Report on sanitation, dispensaries, and jails in Rajputana for 1915, and on vaccination for the year 1915-1916 - 1915-1916
Year: 1915
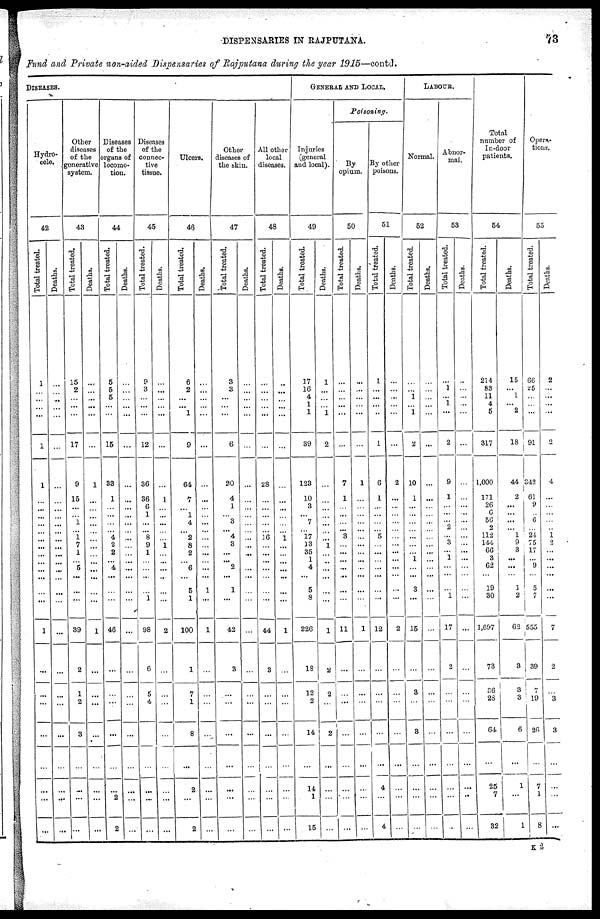
DISPENSARIES IN RAJPUTANA.
73
Fund and Private non-aided Dispensaries of Rajputana during the year 1915—contd.
DISEASES.
Hydro-
cele.
42
Total treated.
1
...
...
...
...
1
1
...
...
...
...
...
...
...
...
...
...
...
...
...
1
...
...
...
...
...
...
...
...
Deaths.
...
...
...
...
...
...
...
...
...
...
...
...
...
...
...
...
...
...
...
...
...
...
...
...
...
...
...
...
...
Other
diseases
of the
generative
system.
43
Total treated.
15
2
...
...
...
17
9
15
...
...
1
...
1
7
1
...
5
...
...
...
39
2
1
2
3
...
...
...
...
Deaths.
...
...
...
...
...
...
1
...
...
...
...
...
...
...
...
...
...
...
...
...
1
...
...
...
...
...
...
...
...
Diseases
of the
organs of
locomo-
tion.
44
Total treated.
5
5
5
...
...
15
33
1
...
...
...
...
4
2
2
...
4
...
...
...
46
...
...
...
...
...
...
2
2
Deaths.
...
...
...
...
...
...
...
...
...
...
...
...
...
...
...
...
...
...
...
...
...
...
...
...
...
...
...
...
...
Diseases
of the
connec-
tive
tissue.
45
Total treated.
9
3
...
...
...
12
36
36
6
1
...
...
8
9
1
...
...
...
...
1
98
6
5
4
...
...
...
...
...
Deaths.
...
...
...
...
...
...
...
1
...
...
...
...
...
1
...
...
...
...
...
...
2
...
...
...
...
...
...
...
...
Ulcers.
46
Total treated.
6
2
...
...
1
9
64
7
...
1
4
...
2
8
2
...
6
...
5
1
100
1
7
1
8
...
2
...
2
Deaths.
...
...
...
...
...
...
...
...
...
...
...
...
...
...
...
...
...
...
1
...
1
...
...
...
...
...
...
...
...
Other
diseases of
the skin.
47
Total treated.
3
3
...
...
...
6
20
4
1
...
3
...
4
3
...
...
2
...
1
...
42
3
...
...
...
...
...
...
...
Deaths.
...
...
...
...
...
...
...
...
...
...
...
...
...
...
...
...
...
...
...
...
...
...
...
...
...
...
...
...
...
All other
local
diseases.
48
Total treated.
...
...
...
...
...
...
28
...
...
...
...
...
16
...
...
...
...
...
...
...
44
3
...
...
...
...
...
...
...
Deaths.
...
...
...
...
...
...
...
...
...
...
...
...
1
...
...
...
...
...
...
...
1
...
...
...
...
...
...
...
...
GENERAL AND LOCAL.
Injuries
(general
and local).
49
Total treated.
17
16
4
1
1
39
123
10
3
...
7
...
17
13
35
1
4
...
5
8
226
18
12
2
14
...
14
1
15
Deaths.
1
...
...
...
1
2
...
...
...
...
...
...
...
1
...
...
...
...
...
...
1
2
2
...
2
...
...
...
...
Poisoning.
By
opium.
50
Total treated.
...
...
...
...
...
...
7
1
...
...
...
...
3
...
...
...
...
...
...
...
11
...
...
...
...
...
...
...
...
Deaths.
...
...
...
...
...
...
1
...
...
...
...
...
...
...
...
...
...
...
...
...
1
...
...
...
...
...
...
...
...
By other
poisons.
51
Total treated.
1
...
...
...
...
1
6
1
...
...
...
...
5
...
...
...
...
...
...
...
12
...
...
...
...
...
4
...
4
Deaths.
...
...
...
...
...
...
2
...
...
...
...
...
...
...
...
...
...
...
...
...
2
...
...
...
...
...
...
...
...
LABOUR.
Normal.
52
Total treated.
...
...
1
...
1
2
10
1
...
...
...
...
...
...
...
1
...
...
3
...
15
...
3
...
3
...
...
...
...
Deaths.
...
...
...
...
...
...
...
...
...
...
...
...
...
...
...
...
...
...
...
...
...
...
...
...
...
...
...
...
...
Abnor-
mal.
53
Total treated.
...
1
...
1
...
2
9
1
...
...
...
2
...
3
...
1
...
...
...
1
17
2
...
...
...
...
...
...
...
Deaths.
...
...
...
...
...
...
...
...
...
...
...
...
...
...
...
...
...
...
...
...
...
...
...
...
...
...
...
...
...
Total
number of
In-door
patients.
54
Total treated.
214
83
11
4
5
317
1,000
171
26
6
56
2
112
144
66
3
62
...
19
30
1,607
73
36
28
64
...
25
7
32
Deaths.
15
... 1
...
2
18
44
2
...
...
...
...
1
9
3
...
...
...
1
2
62
3
3
3
6
...
1
...
1
Opera-
tions.
55
Total treated.
66
25
...
...
...
91
342
61
9
...
6
...
24
75
17
...
9
...
5
7
555
39
7
19
26
...
7
1
8
Deaths.
2
...
...
...
...
2
4
...
...
...
...
...
1
2
...
...
...
...
...
...
7
2
...
3
3
...
...
...
...
K